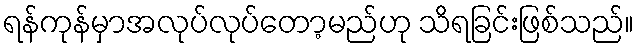
ရန်ကုန်မှာအလုပ်လုပ်တော့မည်ဟု သိရခြင်းဖြစ်သည်။